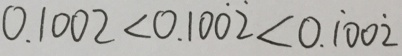
0 . 1 0 0 2 < 0 . 1 0 \dot { 0 } \dot { 2 } < 0 . \dot { 1 } 0 0 \dot { 2 }